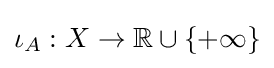
\iota _{A}:X\to \mathbb {R} \cup \{+\infty \}